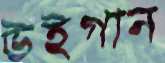
উইগান